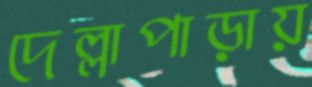
দেল্লাপাড়ায়